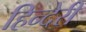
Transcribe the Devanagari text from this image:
हिन्देरी